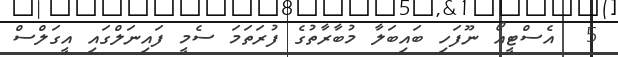
5  އެސްޓީއޯ ނޫފަހި ބައިބަލާ މުބާރާތުގެ ފުރަތަމަ ސެމީ ފައިނަލްގައި އީގަލްސް